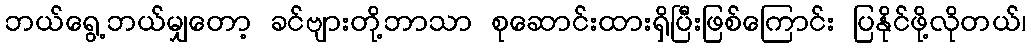
ဘယ်ရွေ့ဘယ်မျှတော့ ခင်ဗျားတို့ဘာသာ စုဆောင်းထားရှိပြီးဖြစ်ကြောင်း ပြနိုင်ဖို့လိုတယ်၊